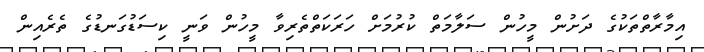
އިމާރާތްތަކުގެ ދަށުން މީހުން ސަލާމަތް ކުރުމަށް ހަރަކަތްތެރިވާ މީހުން ވަނީ ކިސަޑުގަނޑުގެ ތެރެއިން